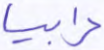
رابيا